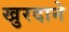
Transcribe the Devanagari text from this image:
खुरदाने